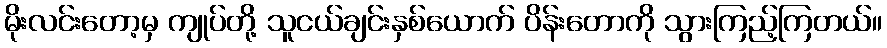
မိုးလင်းတော့မှ ကျုပ်တို့ သူငယ်ချင်းနှစ်ယောက် ပိန်းတောကို သွားကြည့်ကြတယ်။